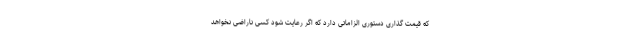
که قیمت گذاری دستوری الزاماتی دارد که اگر رعایت شود کسی ناراضی نخواهد